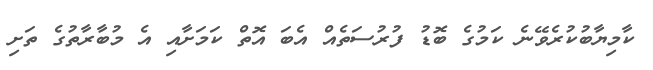
ކާމިޔާބުކުރެވޭނެ ކަމުގެ ބޮޑު ފުރުސަތެއް އެބަ އޮތް ކަމަށާއި އެ މުބާރާތުގެ ތަށި